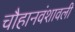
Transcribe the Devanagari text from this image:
चौहानवंशावली